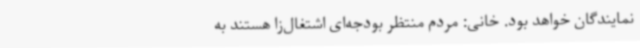
نمایندگان خواهد بود. خانی: مردم منتظر بودجه‌ای اشتغال‌زا هستند به